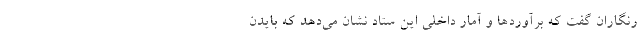
رنگاران گفت که برآوردها و آمار داخلی این ستاد نشان می‌دهد که بایدن